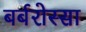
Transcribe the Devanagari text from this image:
बर्बरोस्सा